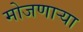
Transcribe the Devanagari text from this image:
मोजणार्‍या